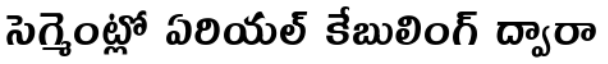
సెగ్మెంట్లో ఏరియల్ కేబులింగ్ ద్వారా